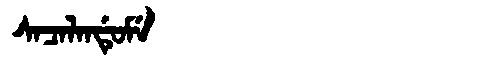
Manchu: ᠰᠠᠴᠠᠯᠠᠨᡩᡠᠮᡝ
Romanization: SACALANDUME